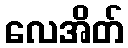
လေအိတ်